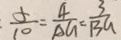
\frac { 5 } { 1 0 } = \frac { 4 } { A G } = \frac { 3 } { B G }